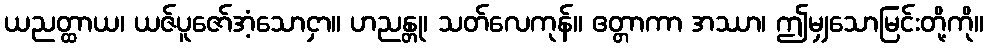
ယညတ္ထာယ၊ ယဇ်ပူဇော်အံ့သောငှာ။ ဟညန္တု၊ သတ်လေကုန်။ ဧတ္တာကာ အဿာ၊ ဤမျှသောမြင်းတို့ကို။